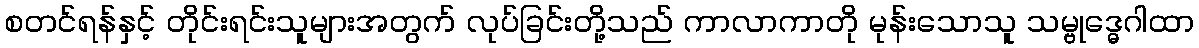
စတင်ရန်နှင့် တိုင်းရင်းသူများအတွက် လုပ်ခြင်းတို့သည် ကာလာကာတို မုန်းသောသူ သမ္ဗုဒ္ဓေဂါထာ